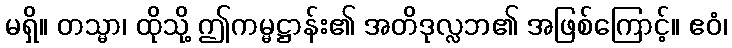
မရှိ။ တသ္မာ၊ ထိုသို့ ဤကမ္မဋ္ဌာန်း၏ အတိဒုလ္လဘ၏ အဖြစ်ကြောင့်။ ဧဝံ၊